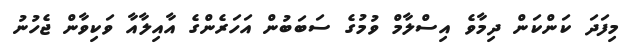
މިފަދަ ކަންކަން ދިމާވެ އިސްލާމް ވުމުގެ ސަބަބުން އަހަރެންގެ އާއިލާއާ ވަކިވާން ޖެހުނު